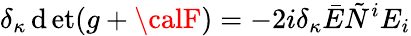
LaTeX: \delta_{\kappa}\operatorname*{\mathrm{d}et}(g+{\calF})=-2i\delta_{\kappa}\bar{{E}}\tilde{{N}}^{i}E_{i}